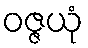
ဝဇ္ဇယုံ